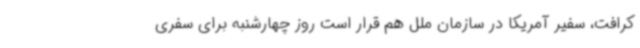
کرافت، سفیر آمریکا در سازمان ملل هم قرار است روز چهارشنبه برای سفری